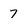
Character: 7